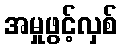
အမှုဖွင့်လှစ်